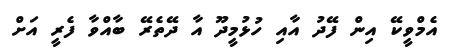
އެމްވީކޭ އިން ފޭދު އާއި ހުޅުމީދޫ އާ ދޭތެރޭ ބާއްވާ ފެރީ އަށް